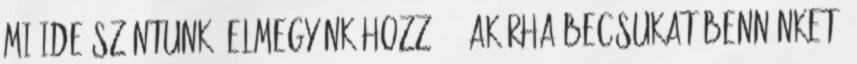
mi ide szántunk. Elmegyünk hozzá, - akárha becsukat bennünket,